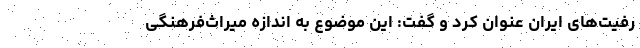
رفیت‌های ایران عنوان کرد و گفت: این موضوع به ‌اندازه میراث‌فرهنگی